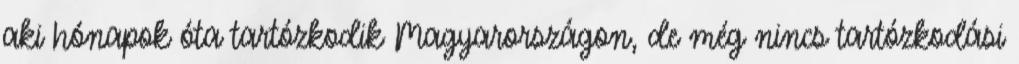
aki hónapok óta tartózkodik Magyarországon, de még nincs tartózkodási